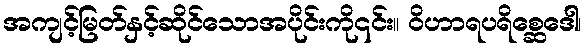
အကျင့်မြတ်နှင့်ဆိုင်သောအပိုင်းကို၎င်း။ ဝိဟာရပရိစ္ဆေဒေါ၊